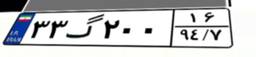
۵۷گ۴۶۹۵۶